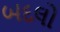
બદલો